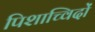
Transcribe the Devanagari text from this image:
पिशाच्विदों